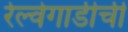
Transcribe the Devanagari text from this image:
रेल्वेगाडीची